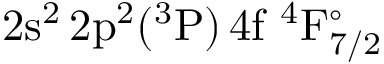
\mathrm { 2 s ^ { 2 } \, 2 p ^ { 2 } ( ^ { 3 } P ) \, 4 f ~ ^ { 4 } F _ { 7 / 2 } ^ { \circ } }